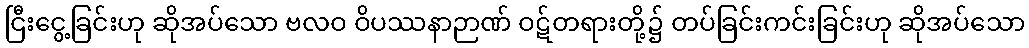
ငြီးငွေ့ခြင်းဟု ဆိုအပ်သော ဗလဝ ဝိပဿနာဉာဏ် ဝဋ်တရားတို့၌ တပ်ခြင်းကင်းခြင်းဟု ဆိုအပ်သော